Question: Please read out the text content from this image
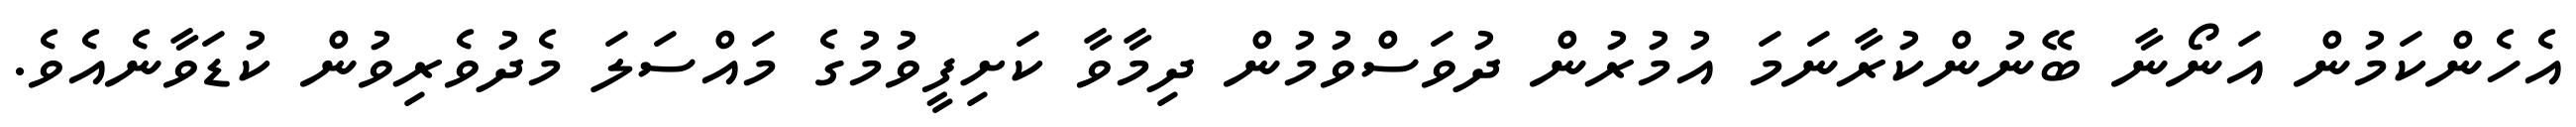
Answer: އެހެންކަމުން އަނޯނާ ބޭނުންކުރާނަމަ އުމުރުން ދުވަސްވުމުން ދިމާވާ ކަށިފީވުމުގެ މައްސަލަ މެދުވެރިވުން ކުޑަވާނެއެވެ.